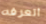
أتعرفه